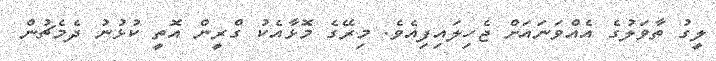
ލީގު ތާވަލުގެ އެއްވަނައަށް ޖެހިލައިފިއެވެ. މިރޭގެ މޮޅާއެކު ގްރީން އޮތީ ކުޅުނު ދެމެޗުން